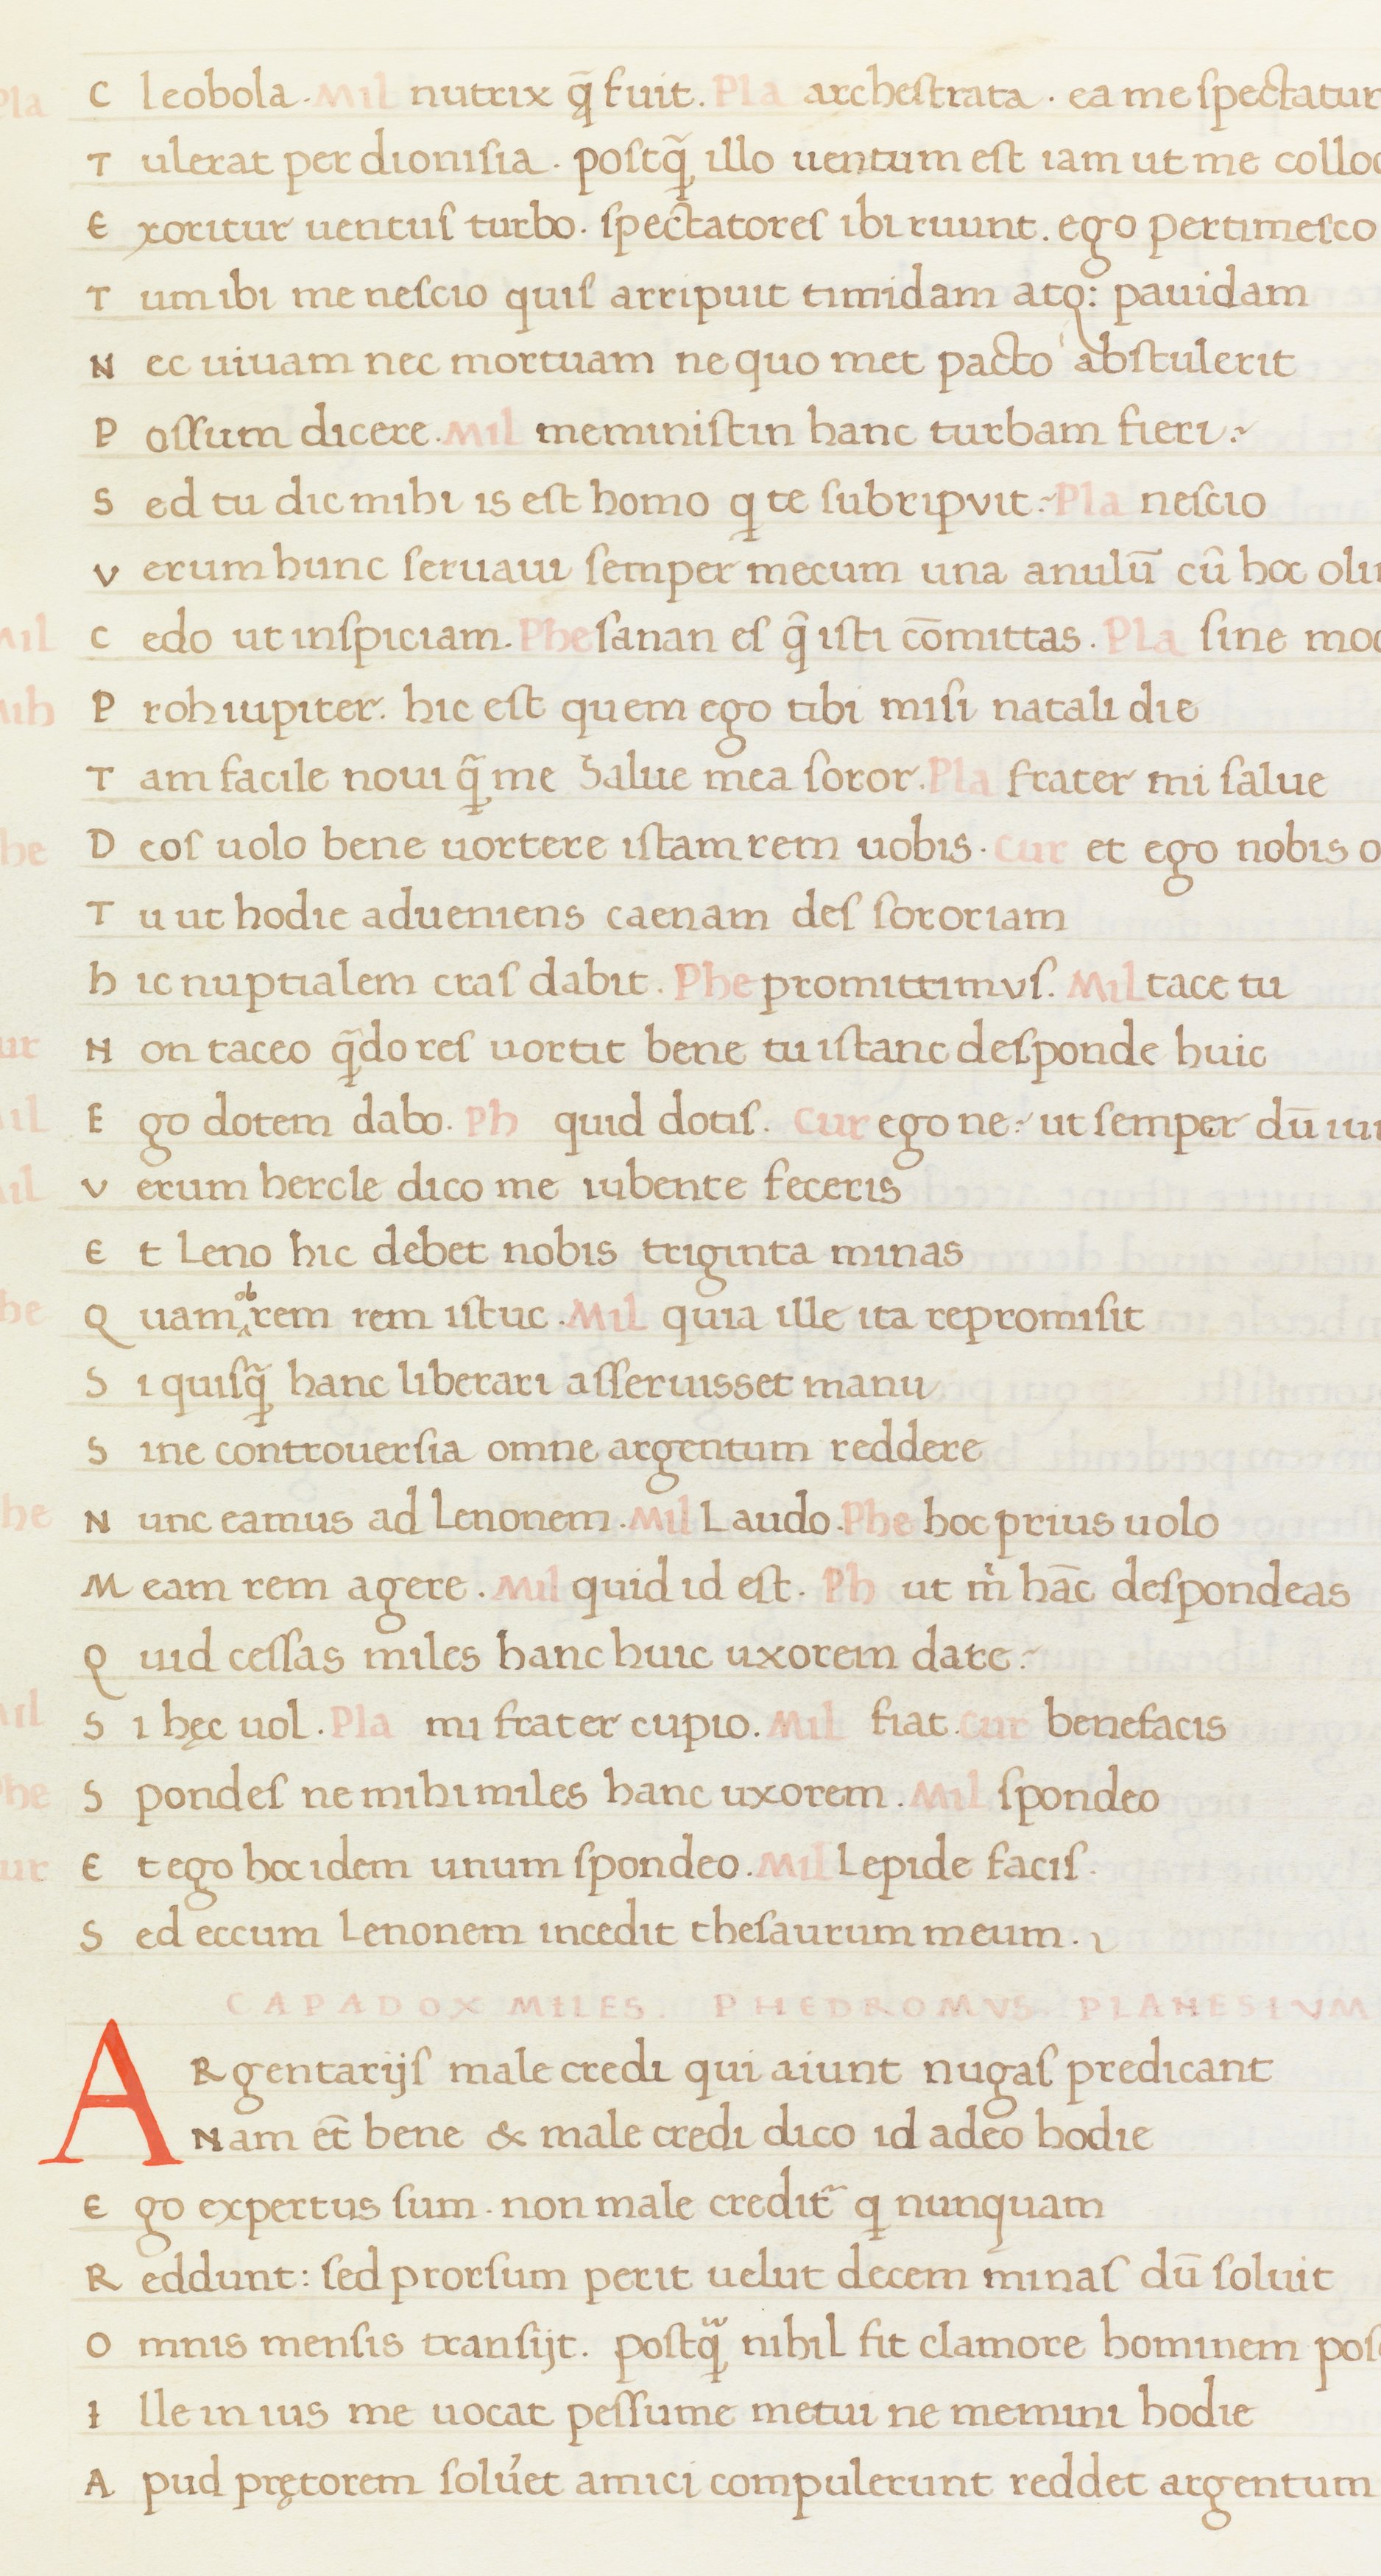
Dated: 1400–1499